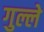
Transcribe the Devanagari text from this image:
गुल्ले